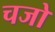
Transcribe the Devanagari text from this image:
चजो